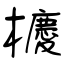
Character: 櫦